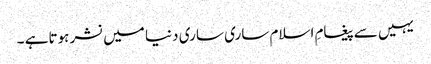
یہیں سےپیغامِ اسلام ساری ساری دنیا میں نشر ہوتاہے ۔